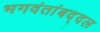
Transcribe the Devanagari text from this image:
भगवंतांबद्दल